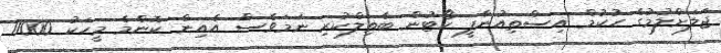
ޖަލަށްލުމުގެ ހުކުމް އިސްތިއުނާފީ ކޯޓުން ބާތިލްކުރި ނަމަވެސް އެއިން ކޮންމެ މީހަކު 11000